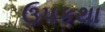
ઉપકથા